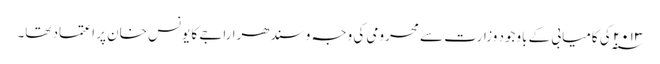
۲۰۱۳ ؁ کی کامیابی کے باوجود وزارت سے محرومی کی وجہ وسندھرا راجے کا یونس خان پر اعتماد تھا۔